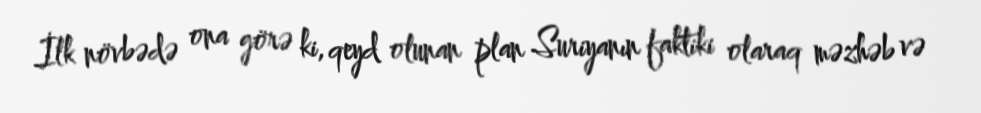
İlk növbədə ona görə ki, qeyd olunan plan Suriyanın faktiki olaraq məzhəb və